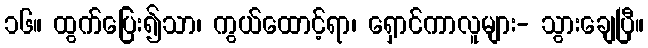
၁၆။ ထွက်ပြေး၍သာ၊ ကွယ်ထောင့်ရာ၊ ရှောင်ကာလူများ- သွားချေပြီ။